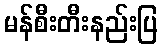
မန်စီးတီးနည်းပြ